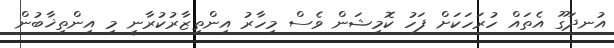
އުނދަގޫ އެތައް ހުރަހަކަށް ފަހު ކޮމިޝަން ވެސް މިހާރު އިންތިޒާރުކުރާނީ މި އިންތިޚާބުން